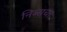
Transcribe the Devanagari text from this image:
निब्सचा